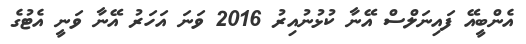
އެންބީއޭ ފައިނަލްސް އޭނާ ކުޅުނުއިރު 2016 ވަނަ އަހަރު އޭނާ ވަނީ އެޓުގެ